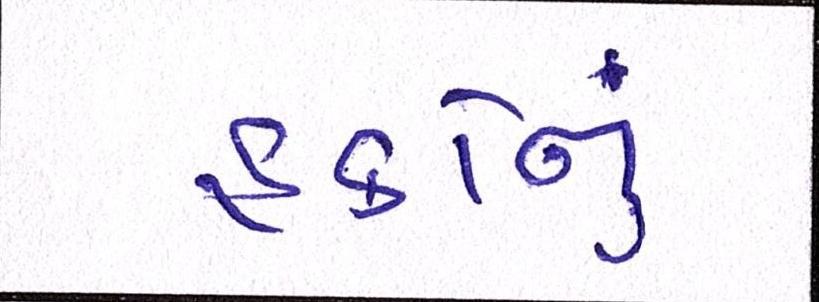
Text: હકોનું